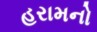
હરામનો